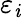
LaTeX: \varepsilon_{\mathit{i}}